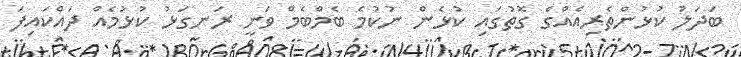
ބަދަލު ކުޅުންތެރިއެއްގެ ގޮތުގައި ކުޅެން ނުކުމެ ބެމްބެމް ވަނީ ރަނގަޅު ކުޅުމެއް ދައްކައިފަ